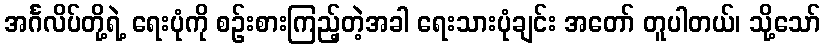
အင်္ဂလိပ်တို့ရဲ့ ရေးပုံကို စဉ်းစားကြည့်တဲ့အခါ ရေးသားပုံချင်း အတော် တူပါတယ်၊ သို့သော်